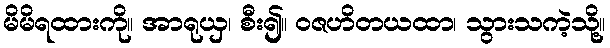
မိမိရထားကို။ အာရုယှ၊ စီး၍။ ဝဇဟိတယထာ၊ သွားသကဲ့သို့။